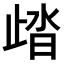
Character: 𣥾